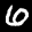
Label: 6